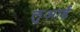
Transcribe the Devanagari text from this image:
लुआर्ड